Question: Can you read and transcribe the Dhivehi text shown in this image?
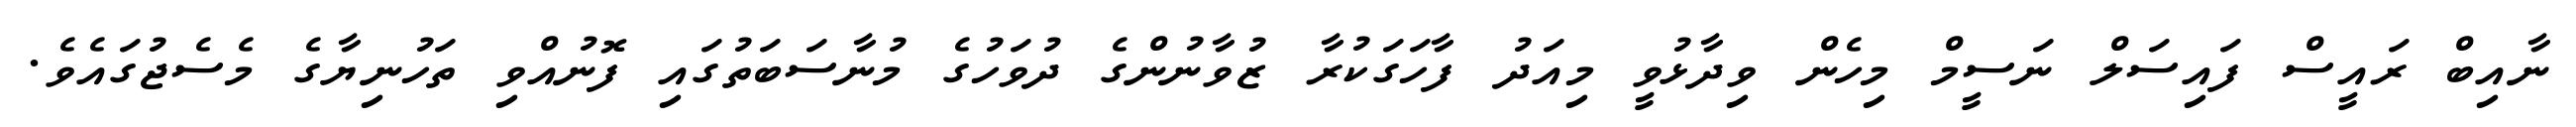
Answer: ނާއިބް ރައީސް ފައިސަލް ނަސީމް މިހެން ވިދާޅުވީ މިއަދު ފާހަގަކުރާ ޒުވާނުންގެ ދުވަހުގެ މުނާސަބަތުގައި ފޮނުއްވި ތަހުނިޔާގެ މެސެޖުގައެވެ.